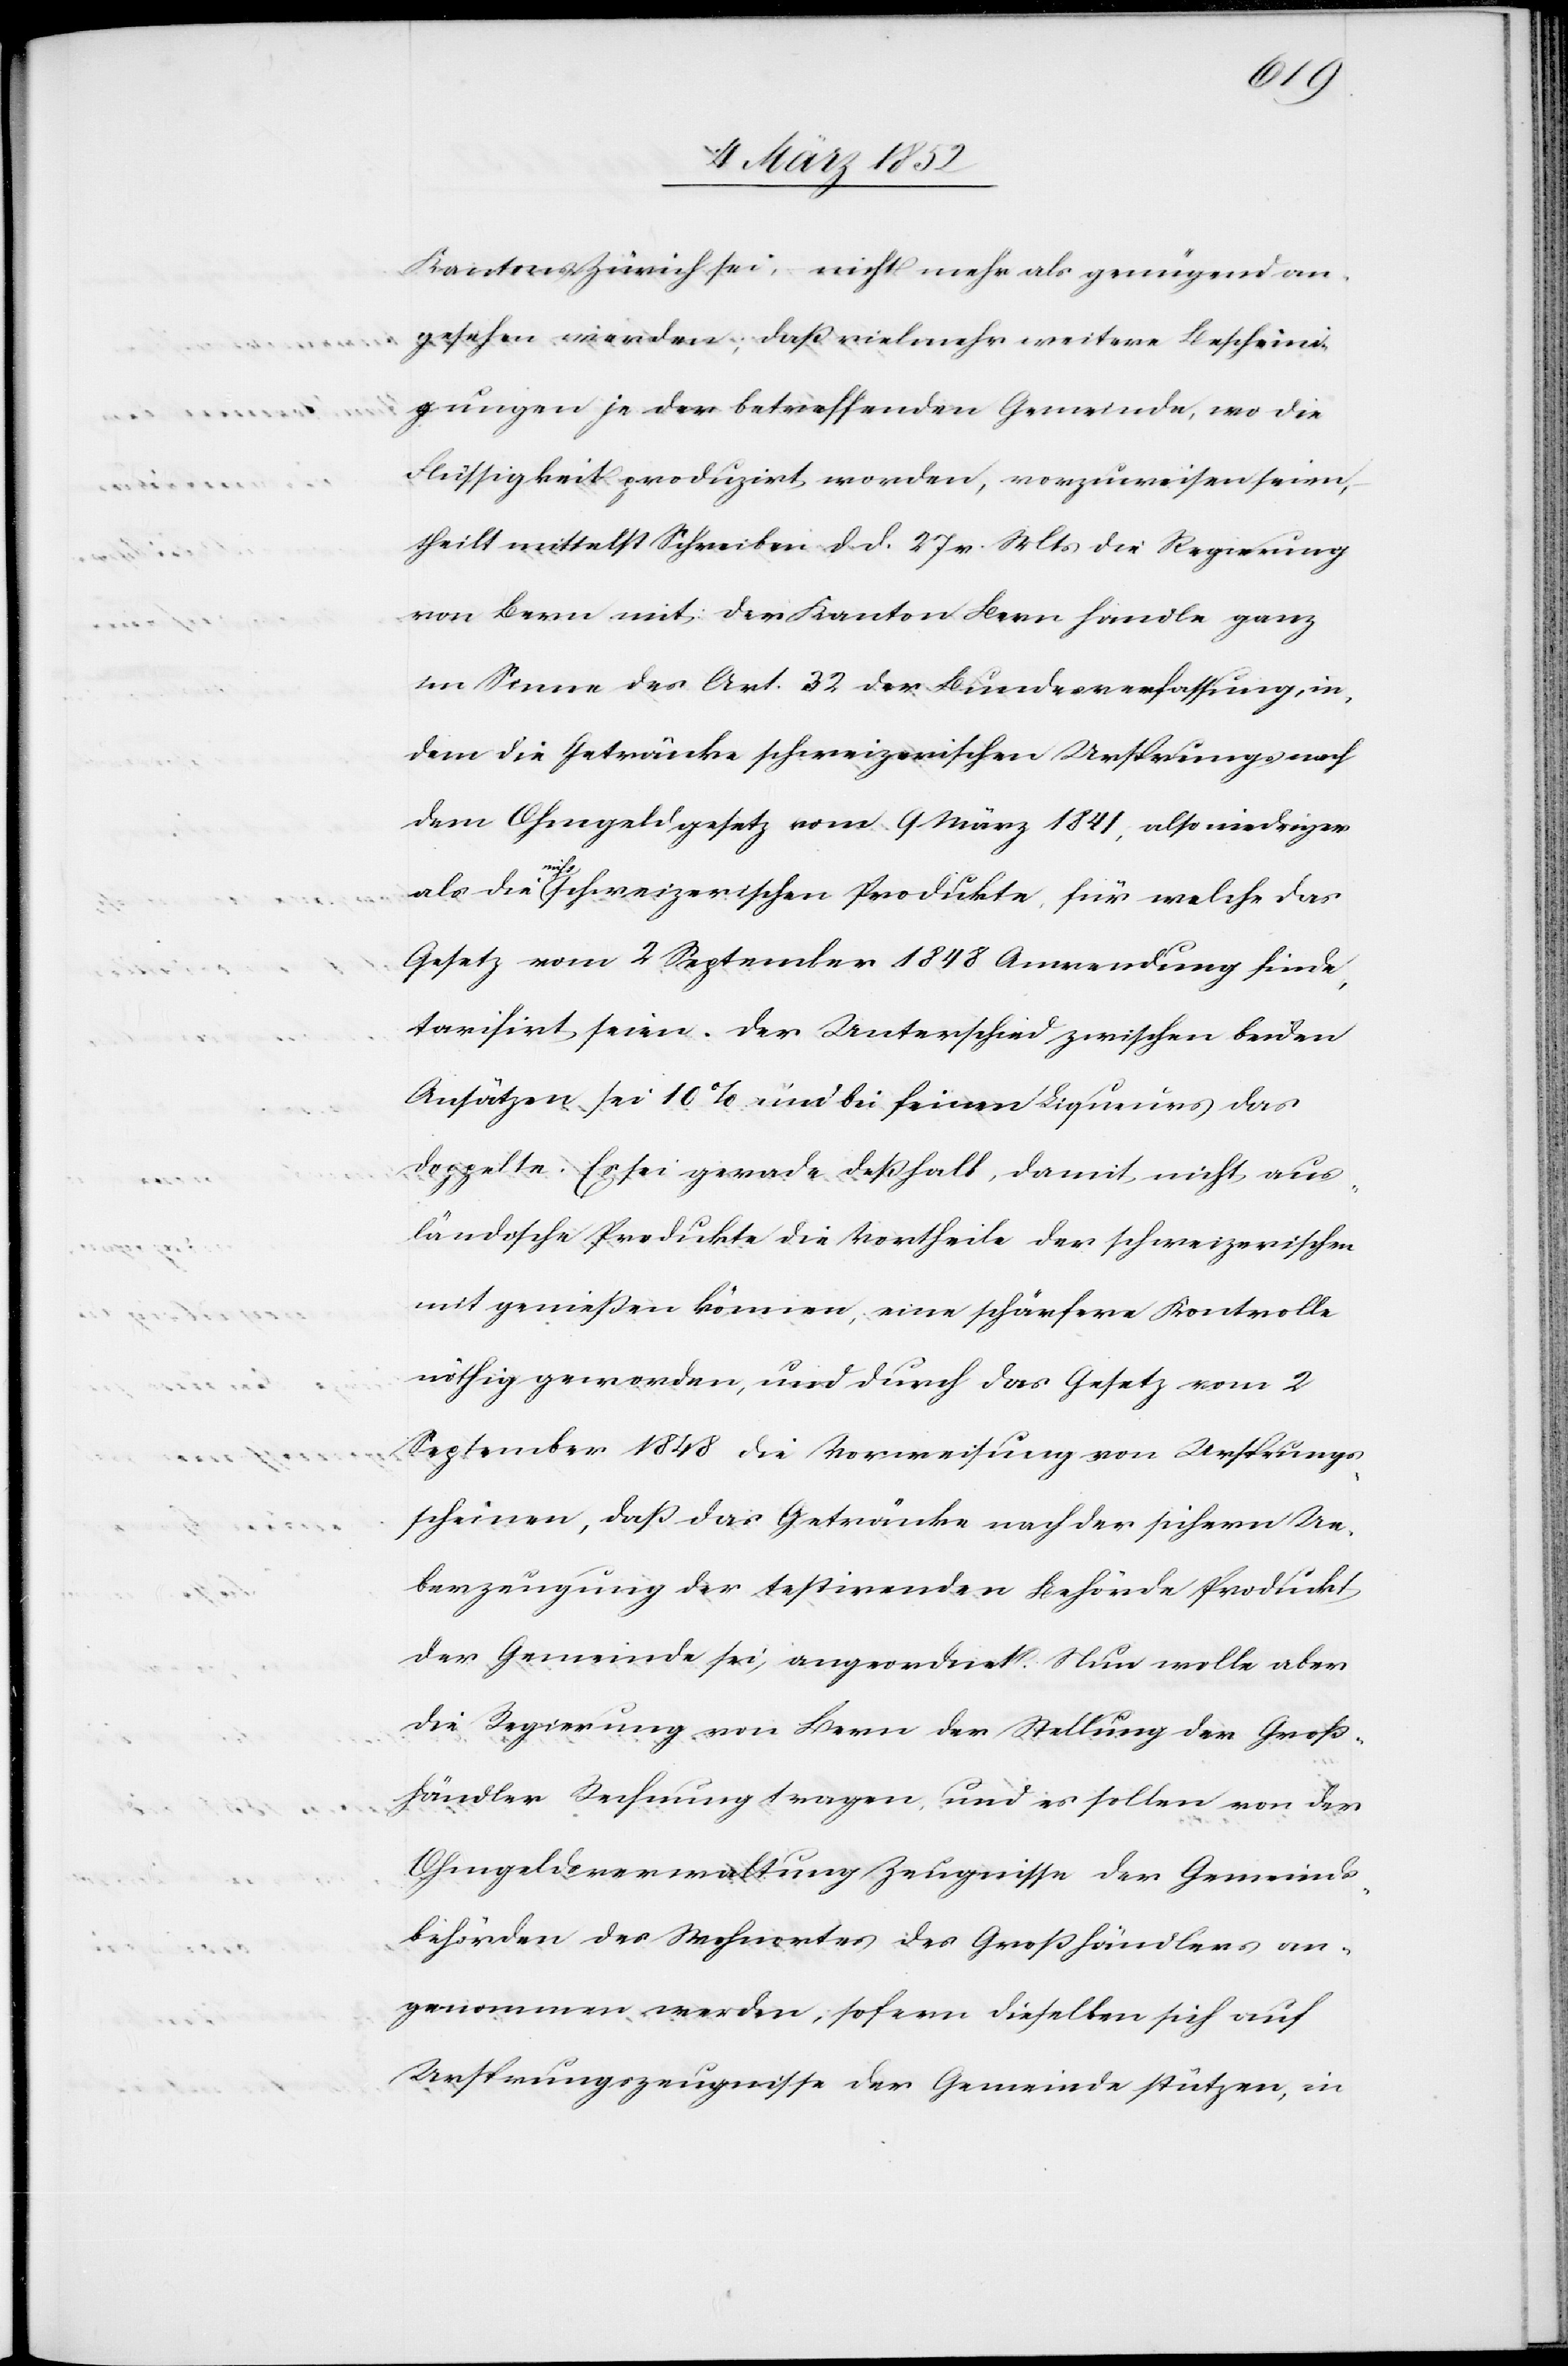
Kantons Zürich sei, nicht mehr als genügend an¬
gesehen werden; daß vielmehr weitere Bescheini¬
gungen je der betreffenden Gemeinde, wo die
Flüssigkeit produzirt worden, vorzuweisen seien,
theilt mittelst Schreiben d. d. 27 v. Mts die Regierung
von Bern mit, der Kanton Bern handle ganz
im Sinne des Art. 22 der Bundesverfassung, in
dem die Getränke schweizerischen Ursprungs nach
dem Ohmgeldgesetz vom 9. März 1841, also niedriger
als die nicht schweizerischen Produkte, für welche das
Gesetz vom 2 September 1848 Anwendung finde,
tarifirt seien. Der Unterschied zwischen beiden
Ansätzen sei 10% und bei feinen Liqueurs das
doppelte. Es sei gerade deßhalb, damit nicht aus¬
ländische Produkte die Vortheile der schweizerischen
mit genießen können, eine schärfere Kontrolle
nöthig geworden, und durch das Gesetz vom 2
September 1848 die Vorweisung von Ursprungs¬
scheinen, daß das Getränke nach der sichern Ue¬
berzeugung der testirenden Behörde Produkt
der Gemeinde sei, angeordnet. Nun wolle aber
die Regierung von Bern der Stellung der Groß¬
händler Rechnung tragen und es sollen von der
Ohmgeldsverwaltung Zeugnisse der Gemeinds¬
behörden des Wohnortes des Großhändlers an¬
genommen werden, sofern dieselben sich auf
Ursprungszeugnisse der Gemeinde stützen, in